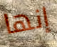
إنها